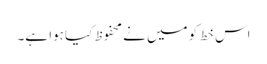
اس خط کو میں نے محفوظ کیا ہوا ہے۔